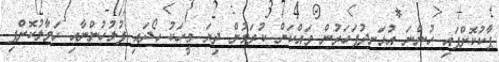
ޕާކުކޮށްފައި ހުންނަ އުޅަނދުފަހަރުން ވައްކަން ކުރަމުން ދިޔަ މީހަކު ހޯދައި ފުލުހުންނާއި ހަވާލުކޮށްފި